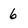
Character: 6